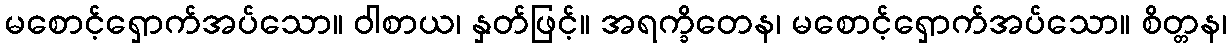
မစောင့်ရှောက်အပ်သော။ ဝါစာယ၊ နှတ်ဖြင့်။ အရက္ခိတေန၊ မစောင့်ရှောက်အပ်သော။ စိတ္တန၊